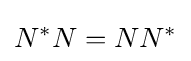
N^{\ast }N=NN^{\ast }